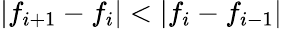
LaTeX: \left|f_{i+1}-f_{i}\right|<\left|f_{i}-f_{i-1}\right|